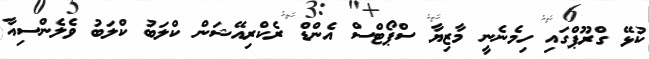
ކުޅޭ ގްރޫޕްގައި ހިމެނެނީ މާޒިޔާ ސްޕޯޓްސް އެންޑް ރެކްރިއޭޝަން ކްލަބު ކްލަބު ވެލެންސިއާ